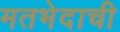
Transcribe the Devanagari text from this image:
मतभेदाची